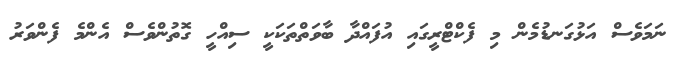
ނަމަވެސް އަޅުގަނޑުމެން މި ފެކްޓްރީގައި އުފައްދާ ބާވަތްތަކަކީ ސިއްހީ ގޮތުންވެސް އެންމެ ފެންވަރު